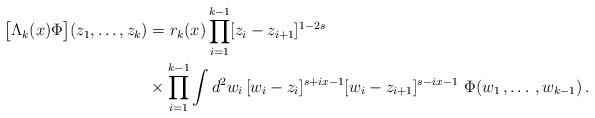
LaTeX: \begin{align*}\big[\Lambda_k(x) \Phi\big](z_1,\ldots,z_k)&= r_k(x) \prod_{i=1}^{k-1}[z_i-z_{i+1}]^{1-2s}\\&\times\prod_{i=1}^{k-1}\int d^2 w_i\,[w_i-z_i]^{s+ix-1}[w_i-z_{i+1}]^{s-ix-1}\,\,\Phi(w_1\,,\ldots\,,w_{k-1})\,.\end{align*}